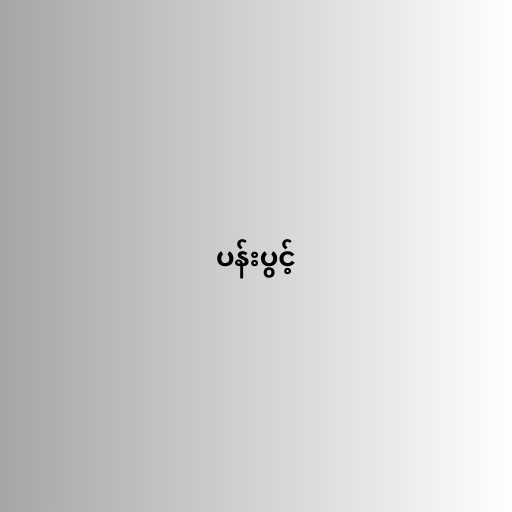
ပန်းပွင့်